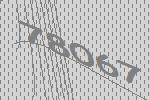
78067